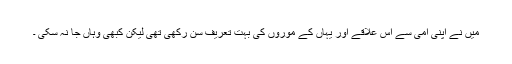
میں نے اپنی امی سے اس علاقے اور یہاں کے موروں کی بہت تعریف سن رکھی تھی لیکن کبھی وہاں جا نہ سکی ۔